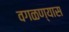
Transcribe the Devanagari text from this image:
वगळण्यास